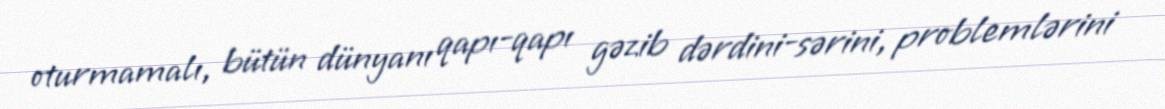
oturmamalı, bütün dünyanı qapı-qapı gəzib dərdini-sərini, problemlərini